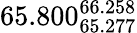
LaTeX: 65.800_{65.277}^{66.258}